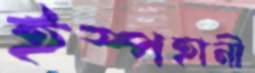
ইস্পহানী